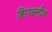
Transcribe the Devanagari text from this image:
हिराक्लीज